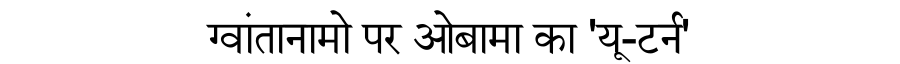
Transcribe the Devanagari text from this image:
ग्वांतानामो पर ओबामा का 'यू-टर्न'